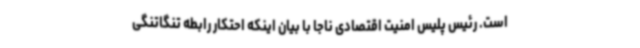
است. رئیس پلیس امنیت اقتصادی ناجا با بیان اینکه احتکار رابطه تنگاتنگی